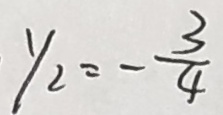
y _ { 2 } = - \frac { 3 } { 4 }